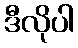
ဒီလိုပါ